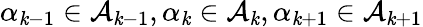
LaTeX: \alpha_{\mathit{k}-1}\in\mathcal{{A}}_{\mathit{k}-1},\alpha_{\mathit{k}}\in\mathcal{{A}}_{\mathit{k}},\alpha_{\mathit{k}+1}\in\mathcal{{A}}_{\mathit{k}+1}